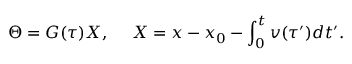
\Theta = G ( \tau ) X , ~ ~ ~ ~ X = x - x _ { 0 } - \int _ { 0 } ^ { t } v ( \tau ^ { \prime } ) d t ^ { \prime } .